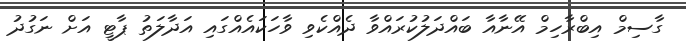
ގާސިމް އިބްރާހިމް އޭނާއާ ބައްދަލުކުރައްވާ ދެއްކެވި ވާހަކައެއްގައި އަދާލަތު ޕާޓީ އަށް ނަގުދު